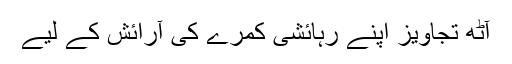
آٹھ تجاویز اپنے رہائشی کمرے کی آرائش کے لیے